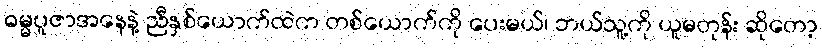
ဓမ္မပူဇာအနေနဲ့ ညီနှစ်ယောက်ထဲက တစ်ယောက်ကို ပေးမယ်၊ ဘယ်သူ့ကို ယူမတုန်း ဆိုတော့